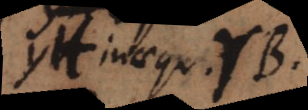
yH inaequ. rB.